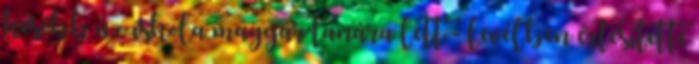
később az iskola magyar tanára lett - levélben értesítette